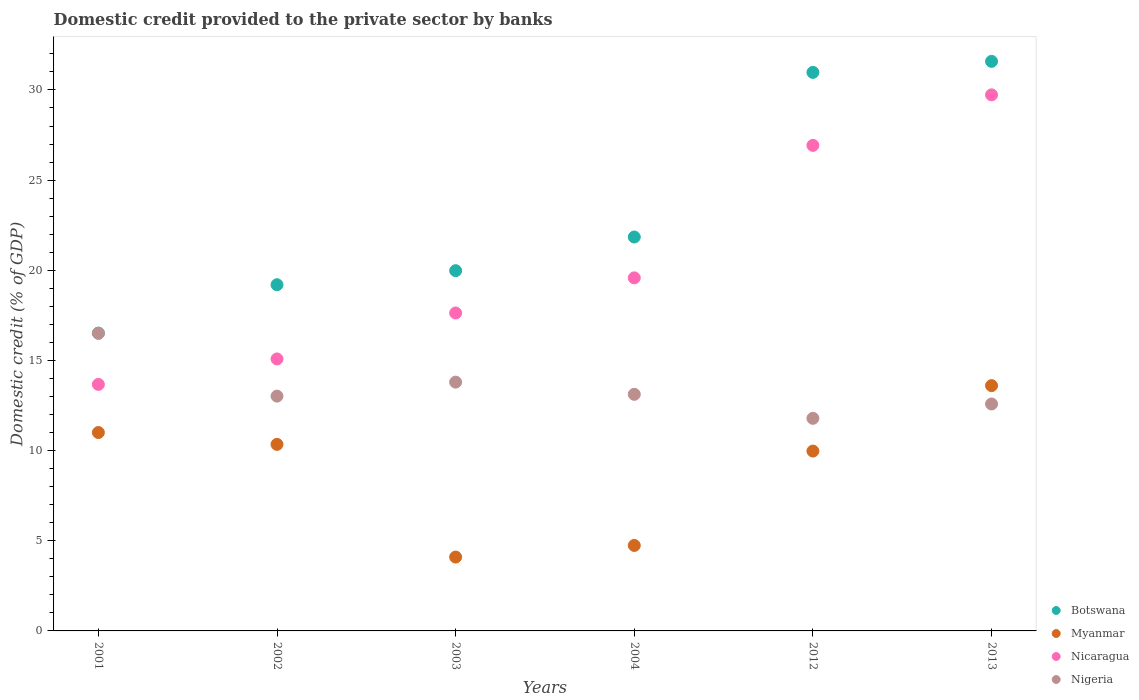
| Years | Botswana | Myanmar | Nicaragua | Nigeria |
 | --- | --- | --- | --- | --- |
 | 2001 | 16.5 | 11 | 13.7 | 16.5 |
 | 2002 | 19.2 | 10.3 | 15.1 | 13 |
 | 2003 | 20 | 4.1 | 17.6 | 13.8 |
 | 2004 | 21.8 | 4.74 | 19.6 | 13.1 |
 | 2012 | 31 | 9.97 | 26.9 | 11.8 |
 | 2013 | 31.6 | 13.6 | 29.7 | 12.6 |